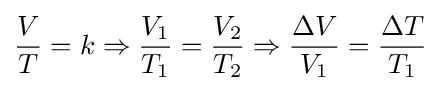
{\frac {V}{T}}=k\Rightarrow {\frac {V_{1}}{T_{1}}}={\frac {V_{2}}{T_{2}}}\Rightarrow {\frac {\Delta V}{V_{1}}}={\frac {\Delta T}{T_{1}}}